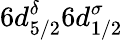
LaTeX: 6d_{5/2}^{\delta}6d_{1/2}^{\sigma}